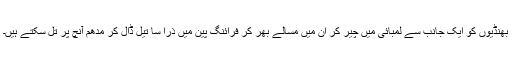
بھنڈیوں کو ایک جانب سے لمبائی میں چیر کر ان میں مسالے بھر کر فرائنگ پین میں ذرا سا تیل ڈال کر مدھم آنچ پر تل سکتے ہیں۔